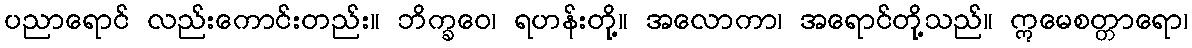
ပညာရောင် လည်းကောင်းတည်း။ ဘိက္ခဝေ၊ ရဟန်းတို့။ အလောကာ၊ အရောင်တို့သည်။ ဣမေစတ္တာရော၊